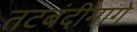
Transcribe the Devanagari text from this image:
तटबंदीमागे